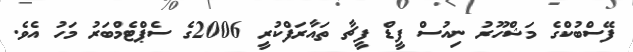
ފޭސްބުކްގެ މަޝްހޫރު ނިއުސް ފީޑް ފީޗާ ތައާރަފްކުރީ 2006ގެ ސެޕްޓެމްބަރު މަހު އެވެ.